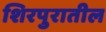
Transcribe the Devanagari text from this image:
शिरपुरातील